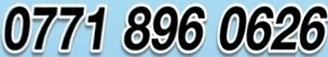
0771 896 0626